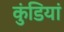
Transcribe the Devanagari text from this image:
कुंडियां